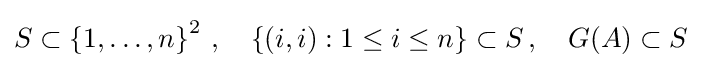
S\subset \left\lbrace 1,\dots ,n\right\rbrace ^{2}\,,\quad \left\lbrace (i,i):1\leq i\leq n\right\rbrace \subset S\,,\quad G(A)\subset S